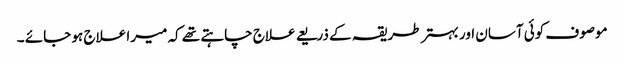
موصوف کوئی آسان اور بہتر طریقہ کے ذریعے علاج چاہتے تھے کہ میرا علاج ہو جائے ۔